Source: Handwritten
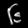
Digit: ၆ (6)